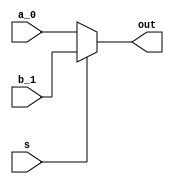
module mux_2to1_(a_0, b_1,  s, out);
	input a_0,b_1;
	input s;
	wire int_out;
	output out;

	assign out=(s)?b_1:a_0;

endmodule